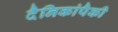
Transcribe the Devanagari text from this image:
दैनिकांपैकी